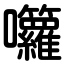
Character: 囖